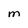
Character: M